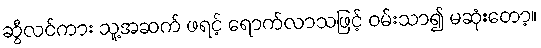
ဆွီလင်ကား သူ့အဆက် ဖရင့် ရောက်လာသဖြင့် ဝမ်းသာ၍ မဆုံးတော့။